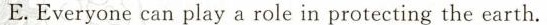
E.Everyone can play a role in protecting the earth.